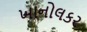
ખાનોલકર